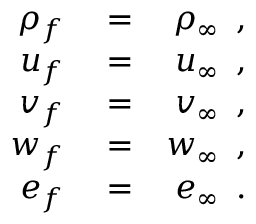
\begin{array} { r l r } { \rho _ { f } } & { { } = } & { \rho _ { \infty } \, \mathrm { ~ , ~ } } \\ { u _ { f } } & { { } = } & { u _ { \infty } \, \mathrm { ~ , ~ } } \\ { v _ { f } } & { { } = } & { v _ { \infty } \, \mathrm { ~ , ~ } } \\ { w _ { f } } & { { } = } & { w _ { \infty } \, \mathrm { ~ , ~ } } \\ { e _ { f } } & { { } = } & { e _ { \infty } \, \mathrm { ~ . ~ } } \end{array}